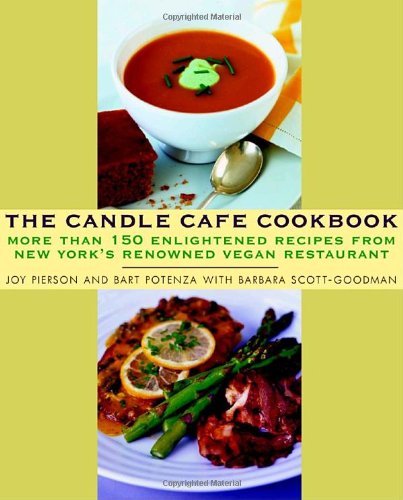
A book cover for The Candle Cafe Cookbook: More Than 150 Enlightened Recipes from New York's Renowned Vegan Restaurant; Joy Pierson; Cookbooks, Food & Wine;